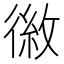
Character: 𪫕